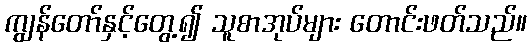
ကျွန်တော်နှင့်တွေ့၍ သူစာအုပ်များ တောင်းဖတ်သည်။